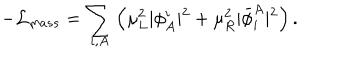
- { \cal L } _ { m a s s } = \sum _ { i , A } \left( \mu _ { L } ^ { 2 } \vert \phi _ { A } ^ { i } \vert ^ { 2 } + \mu _ { R } ^ { 2 } \vert { \bar { \phi } } _ { i } ^ { A } \vert ^ { 2 } \right) .